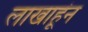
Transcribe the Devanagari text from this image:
लाखाहूंन